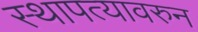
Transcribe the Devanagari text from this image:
स्थापत्यावरुन